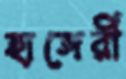
হাঙ্গেরী